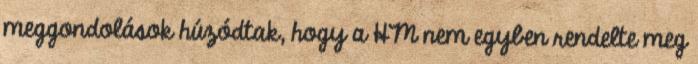
meggondolások húzódtak, hogy a HM nem egyben rendelte meg